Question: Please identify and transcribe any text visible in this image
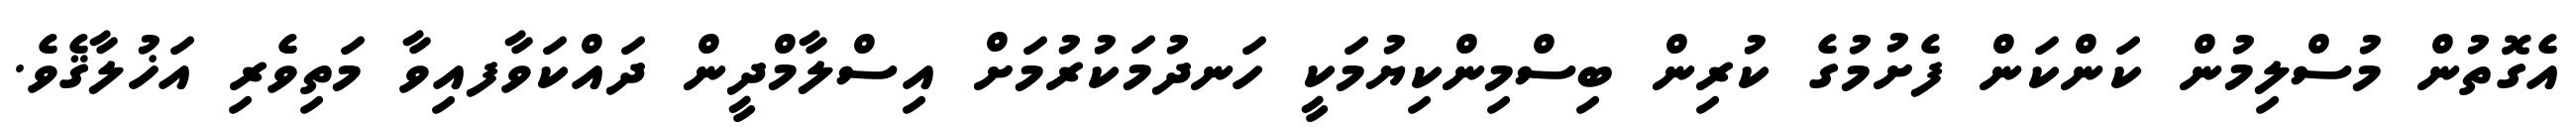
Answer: އެގޮތުން މުސްލިމުން ކަންކަން ފެށުމުގެ ކުރިން ބިސްމިންކިޔުމަކީ ހަނދުމަކުރުމަށް އިސްލާމްދީން ދައްކަވާފއިވާ މަތިވެރި އަޚުލާޤެވެ.